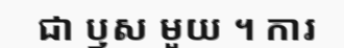
ជា ឫស មួយ ។ ការ